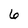
Character: 6